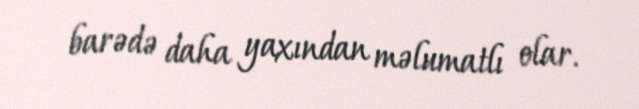
barədə daha yaxından məlumatlı olar.